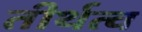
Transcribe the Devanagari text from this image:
तीर्थत्व